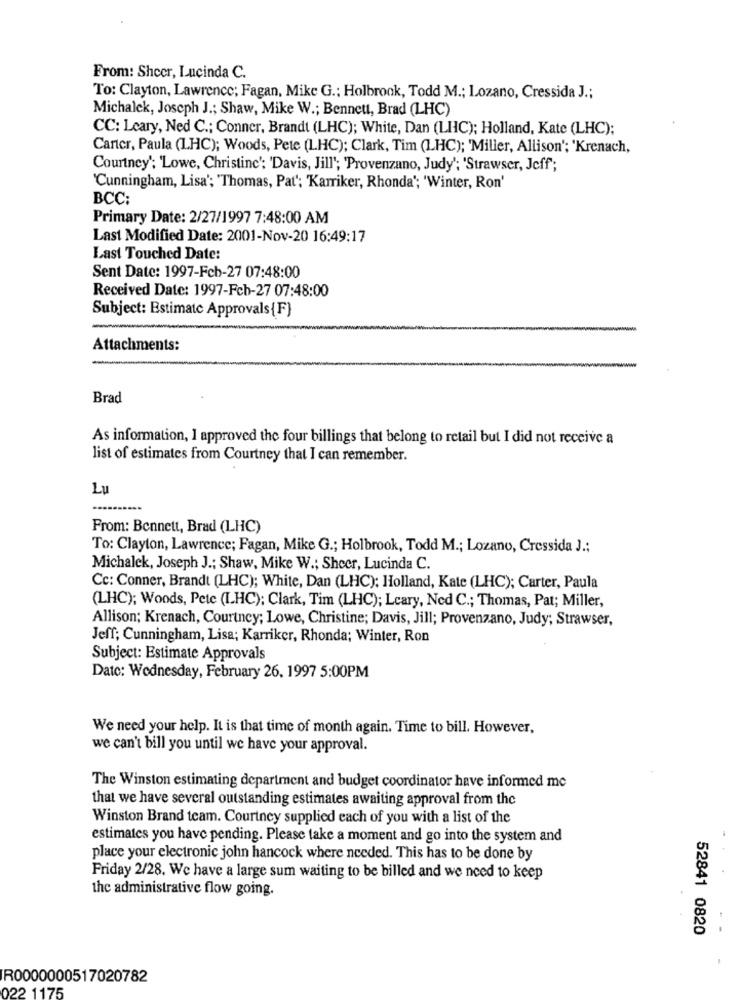
From: Sheer, Lucinda C.
To: Clayton, Lawrence; Fagan, Mike G .: Holbrook, Todd M .; Lozano, Cressida J .;
Michalek, Joseph J .; Shaw, Mike W .; Bennett, Brad (LHC)
CC: Leary, Ned C .; Conner, Brandt (LHC); White, Dan (LHC); Holland, Kate (LHC);
Carter, Paula (LHC); Woods, Pete (LHC); Clark, Tim (LHC); 'Miller, Allison'; 'Krenach,
Courtney'; 'Lowe, Christine'; 'Davis, Jill'; 'Provenzano, Judy'; 'Strawser, Jeff";
'Cunningham, Lisa'; 'Thomas, Pat'; 'Karriker, Rhonda'; 'Winter, Ron'
BCC:
Primary Date: 2/27/1997 7:48:00 AM
Last Modified Date: 2001-Nov-20 16:49:17
Last Touched Date:
Sent Date: 1997-Feb-27 07:48:00
Received Date: 1997-Fch-27 07:48:00
Subject: Estimatc Approvals{F}
Attachments:
Brad
As information, I approved the four billings that belong to retail but I did not receive a
list of estimates from Courtney that I can remember.
Lu
From: Bennett, Brad (LHC)
To: Clayton, Lawrence; Fagan, Mike G .; Holbrook, Todd M .; Lozano, Cressida J .;
Michalek, Joseph J .: Shaw, Mike W .; Sheer, Lucinda C.
Cc: Conner, Brandt (LHC); White, Dan (LHC): Holland, Kate (LHC); Carter, Paula
(LHC); Woods, Pete (LHC); Clark, Tim (LHC); Leary, Ned C .; Thomas, Pat; Miller,
Allison; Krenach, Courtney; Lowe, Christine; Davis, Jill; Provenzano, Judy; Strawser,
Jeff; Cunningham, Lisa; Karriker, Rhonda; Winter, Ron
Subject: Estimate Approvals
Date: Wednesday, February 26, 1997 5:00PM
We need your help. It is that time of month again. Time to bill. However,
we can't bill you until we have your approval.
The Winston estimating department and budget coordinator have informed me
that we have several outstanding estimates awaiting approval from the
Winston Brand team. Courtney supplied each of you with a list of the
estimates you have pending. Please take a moment and go into the system and
place your electronic john hancock where needed. This has to be done by
Friday 2/28. We have a large sum waiting to be billed and we need to keep
the administrative flow going.
52841 0820
R0000000517020782
022 1175